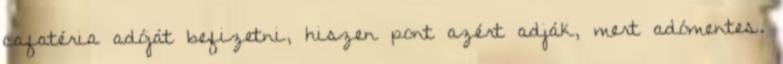
cafatéria adóját befizetni, hiszen pont azért adják, mert adómentes.